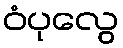
ဝံပုလွေ